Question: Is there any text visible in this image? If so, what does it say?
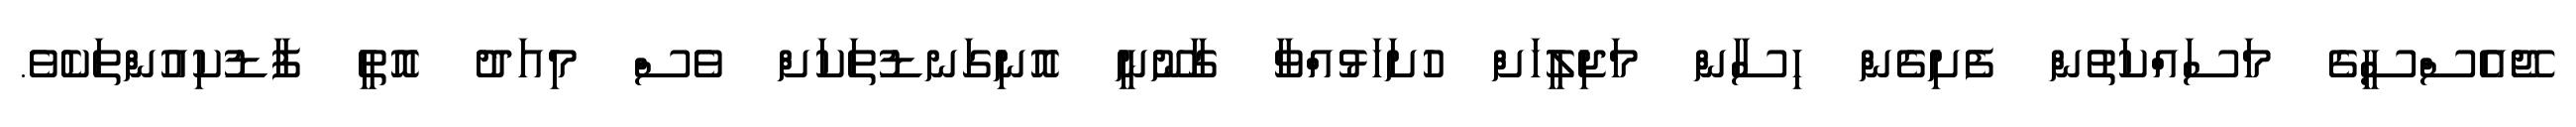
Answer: ޖޭއެސްސީގެ މަސައްކަތުން ފެށިގެން ހިސާން މަޖިލީހަށް ހުށަހަޅުއްވާ ގާނޫނީ އޮނިގަނޑުތަކަށް ވެސް މިއަދު އޮތީ ފާޑުކިއުންތަކެވެ.